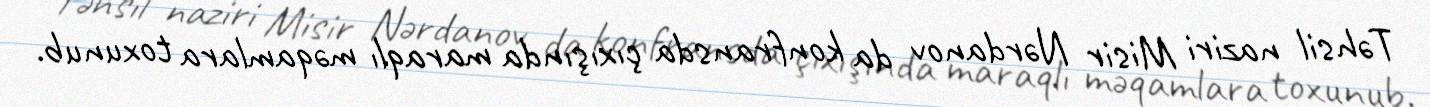
Təhsil naziri Misir Nərdanov da konfransda çıxışında maraqlı məqamlara toxunub.